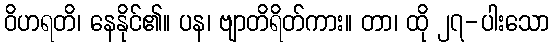
ဝိဟရတိ၊ နေနိုင်၏။ ပန၊ ဗျာတိရိတ်ကား။ တာ၊ ထို ၂၇-ပါးသော